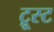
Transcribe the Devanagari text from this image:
ट्रूस्ट